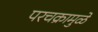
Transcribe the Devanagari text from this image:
परचक्रामुळे